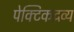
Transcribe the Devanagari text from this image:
पेक्टिकद्रव्य